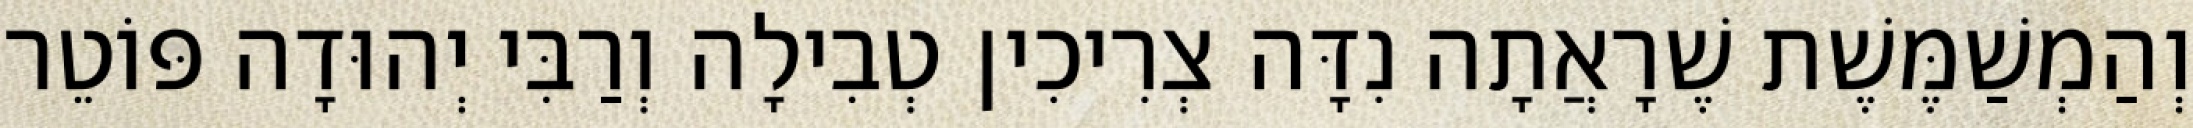
וְהַמְשַׁמֶּשֶׁת שֶׁרָאֲתָה נִדָּה צְרִיכִין טְבִילָה וְרַבִּי יְהוּדָה פּוֹטֵר